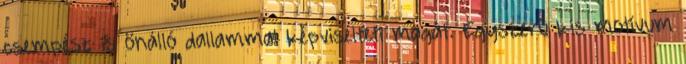
csempész is önálló dallammal képviselteti magát. Egyszerű kis motívum